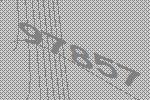
97857